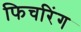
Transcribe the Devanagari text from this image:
फिचरिंग